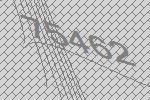
75462